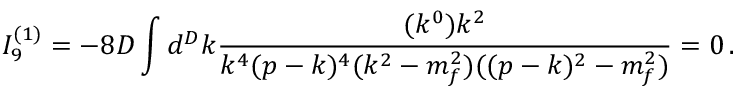
I _ { 9 } ^ { ( 1 ) } = - 8 D \int d ^ { D } k \frac { ( k ^ { 0 } ) k ^ { 2 } } { k ^ { 4 } ( p - k ) ^ { 4 } ( k ^ { 2 } - m _ { f } ^ { 2 } ) ( ( p - k ) ^ { 2 } - m _ { f } ^ { 2 } ) } = 0 \, .